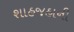
શાહજહાની